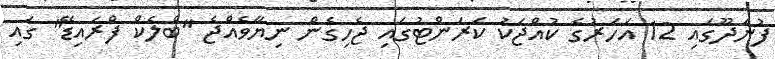
ފުނަދޫގައި 12 އަހަރުގެ ކުއްޖަކު ކަރަންޓުގައި ޖެހިގެން ނިޔާވެއްޖެ "ބްލެކް ފްރައިޑޭ" ގައި